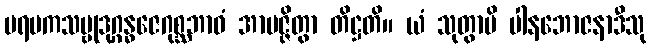
ပရမကသမ္ဗုဒုဂ္ဂန္ဓဇေဂုစ္ဆဘာဝံ အာပဇ္ဇိတွာ တိဋ္ဌတိ။ ယံ သုတွာပိ ပါနဘောဇနာဒီသု